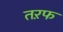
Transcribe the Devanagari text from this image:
तऱफ